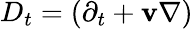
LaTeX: D_{t}=(\partial_{t}+\mathbf v\nabla)